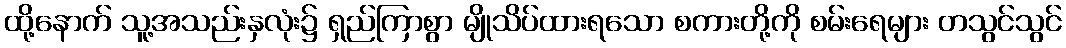
ထို့နောက် သူ့အသည်းနှလုံး၌ ရှည်ကြာစွာ မျိုသိပ်ထားရသော စကားတို့ကို စမ်းရေများ တသွင်သွင်